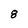
Character: 8